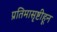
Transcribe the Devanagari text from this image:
प्रतिमासृष्टीहून